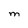
Character: M